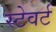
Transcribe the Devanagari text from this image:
स्टेवर्ट